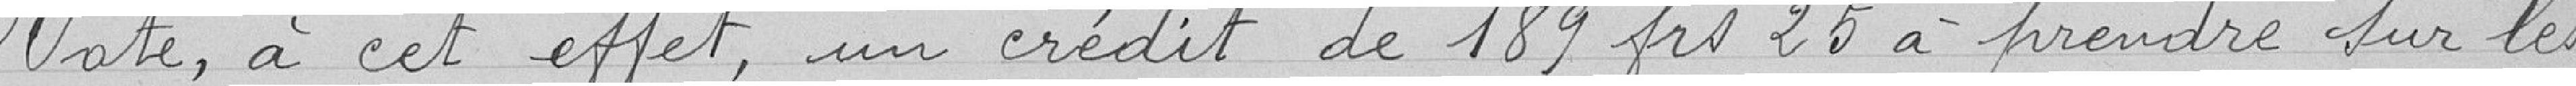
Vote, à cet effet, un crédit de 189 francs 20 à prendre sur les